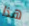
هذا